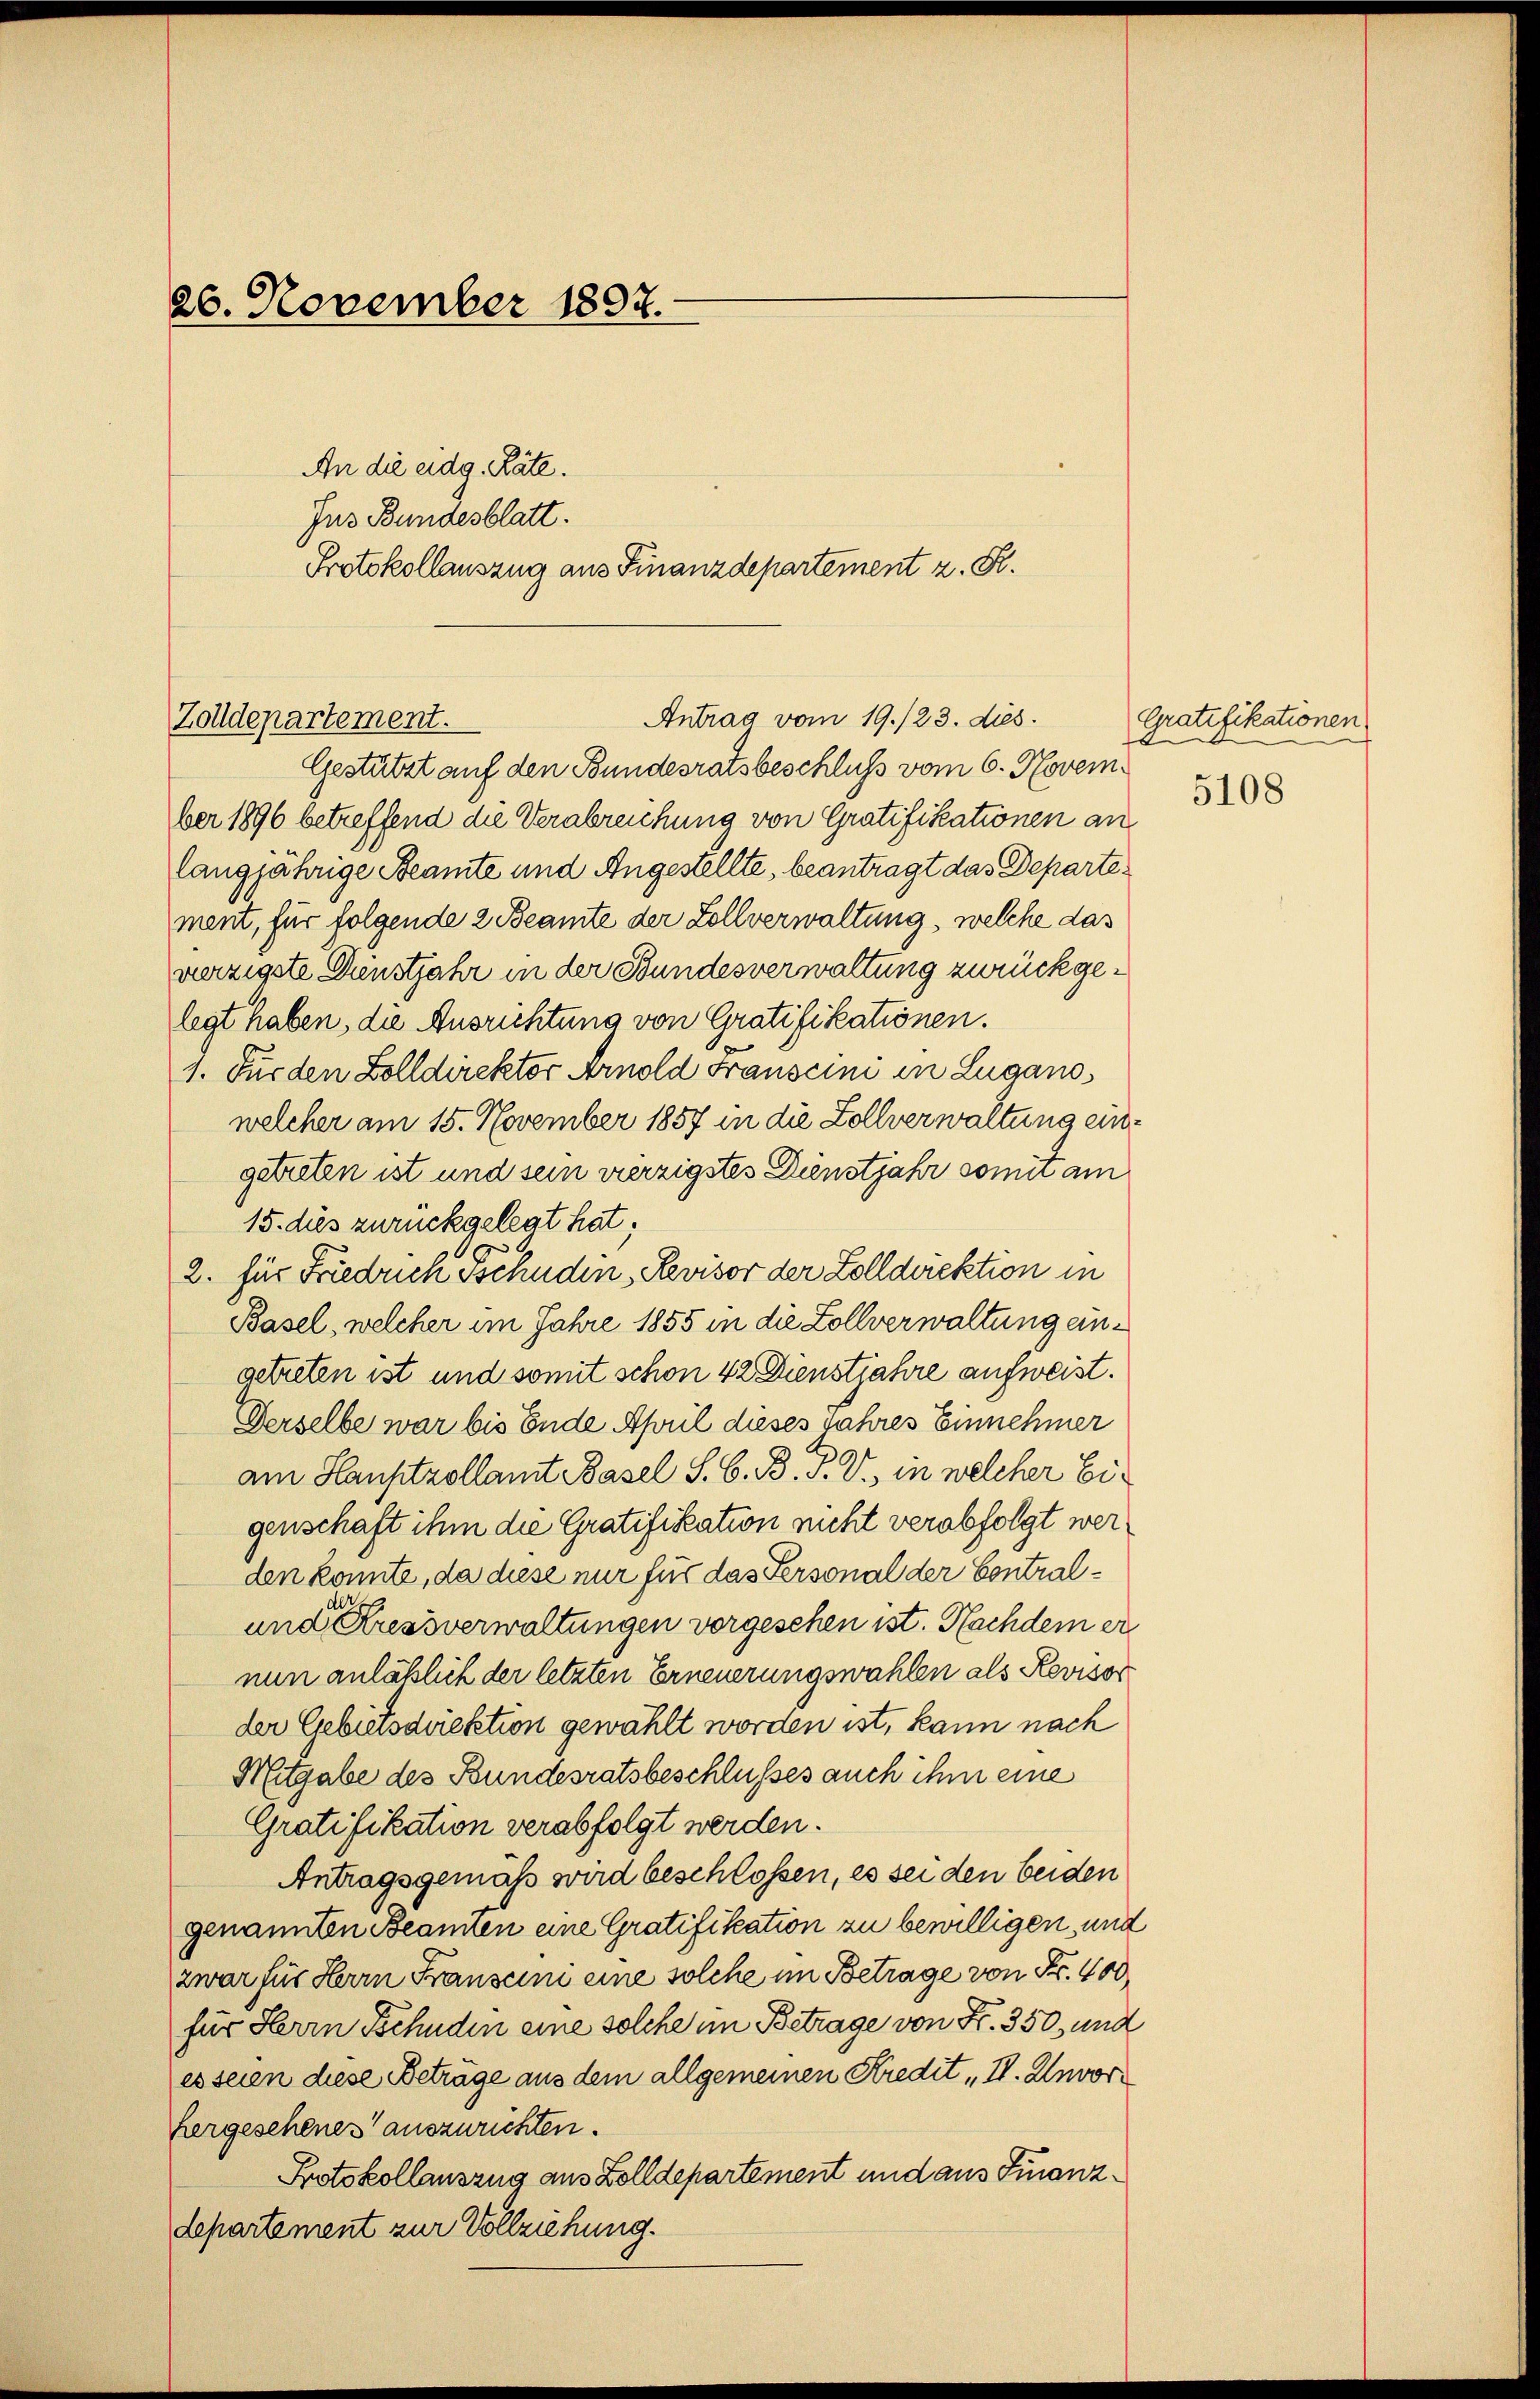
26. November 1807.

An die eidg. Räte.
Jus Bundesblatt.

Antrag vom 19./23. dies
Zolldepartement.

Gestützt auf den Bundesratsbeschluß vom 6. November 1896 betreffend die Verabreichung von Gratifikationen an
langjährige Beamte und Angestellte, beantragt das Departement, für folgende 2 Beamte der Zollverwaltung, welche das
verzigste Dünstjahr in der Bundesverwaltung zurückgelegt haben, die Ausrichtung von Gratifikationen.
1. Für den Zolldirektor Arnold Franscini in Lugano,
welcher am 15. November 1857 in die Zollverwaltung eingetreten ist und sein vierzigstes Dienstjahr somit am
15. dies zurückgelegt hat;
10
2. für Friedrichsschuden, Revisor der Zolldirektion in
Basel, welcher im Jahre 1855 in die Zollverwaltung eingetreten ist und somit schon 42 Dienstjahre aufweist.
Derselbe war bis Ende April dieses Jahres Einnehmer
am Hansitzollamt Basel S. B. B. P. V. in welcher Ei-
genschaft ihm die Gratifikation nicht verabfolgt werden konnte, da diese nur für das Personal der Contral¬
und ressverwaltungen vorgesehen ist. Nachdem er
nun anläßlich der letzten Erneuerungswahlen als Revisor
der Gebütsdirektion gewählt worden ist, kann nach
Mitgabe des Bundesratsbeschlusses auch ihm eine
Gratifikation verabfolgt werden.
Antragsgemäß wird beschlossen, es sei den beiden
genannten Beamten eine Gratifikation zu bewilligen, und
zwar für Herrn Franscini eine solche im Betrage von Fr. 400
für Herrn Schaden eine solche im Betrage von Fr. 350, und
es seien diese Betrage aus dem allgemeinen Kredit IV. Unvorhergeschenes auszweckten.
Protokollauszug aus Zolldepartement und aus Finanz¬
Lepartement zur Vollziehung.

Protokollauszug aus Finanzdepartement z. R.

Gratifikationen

5108